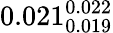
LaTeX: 0.021_{0.019}^{0.022}